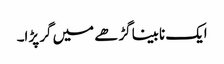
ایک نابینا گڑھے میں گر پڑا۔